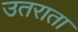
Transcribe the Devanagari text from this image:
उतराता